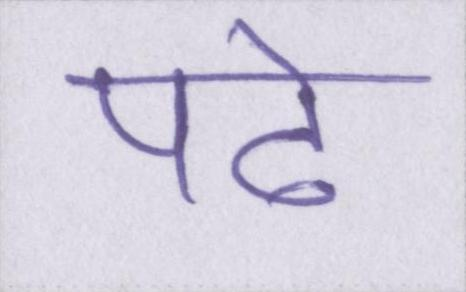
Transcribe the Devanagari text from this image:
पढे